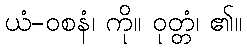
ယံ-ဝစနံ၊ ကို။ ဝုတ္တံ၊ ၏။